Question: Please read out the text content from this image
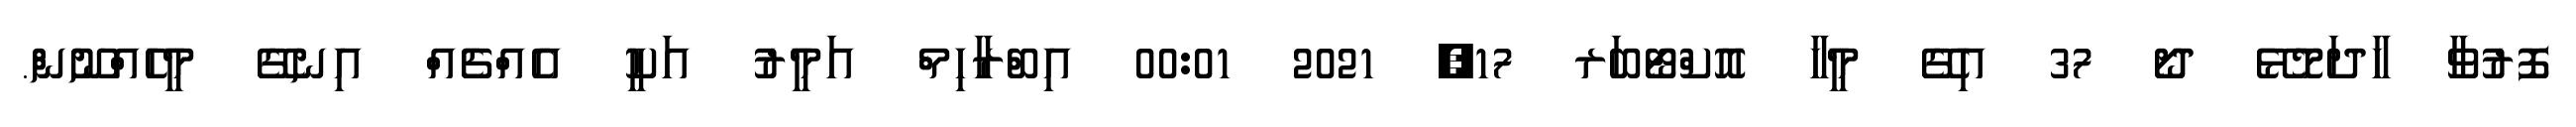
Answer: ފޮރުވާ ހާދަމޮޅޭ ދޯ 37 އިގޭ މީހާ އޮކްޓޯބަރ 17, 2021 00:01 އިބްރާހިމް އަމީރު އަކީ އެއްޗެއް އިނގޭ މީހެއްނޫން.